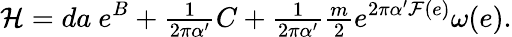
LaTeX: {\cal H}=da\ e^{B}+{\textstyle\frac{1}{2\pi\alpha^{\prime}}}C+{\textstyle\frac{1}{2\pi\alpha^{\prime}}}{\textstyle\frac{m}{2}}e^{2\pi\alpha^{\prime}{\cal F}(e)}\omega(e).